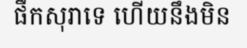
ផឹកសុរាទេ ហើយនឹងមិន